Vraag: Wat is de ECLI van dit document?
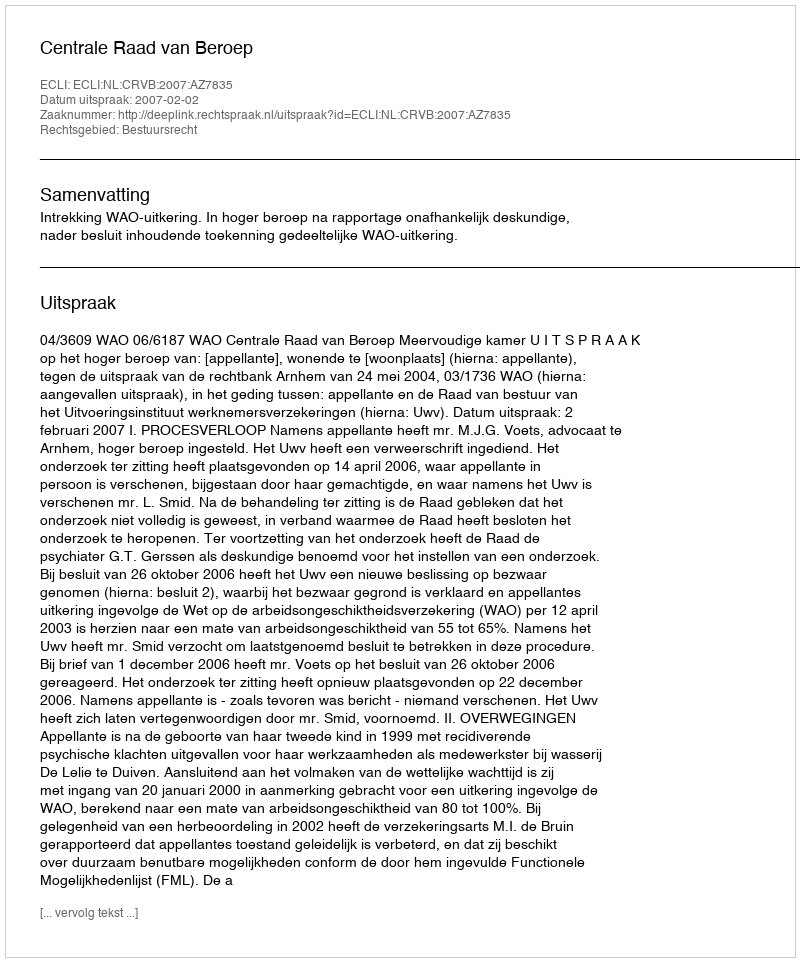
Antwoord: ECLI:NL:CRVB:2007:AZ7835